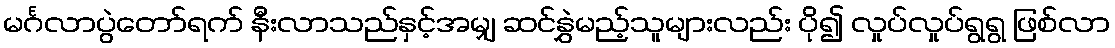
မင်္ဂလာပွဲတော်ရက် နီးလာသည်နှင့်အမျှ ဆင်နွှဲမည့်သူများလည်း ပို၍ လှုပ်လှုပ်ရွရွ ဖြစ်လာ